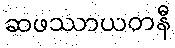
ဆဖဿာယတနီ